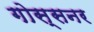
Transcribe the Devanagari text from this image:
गोस्सनर